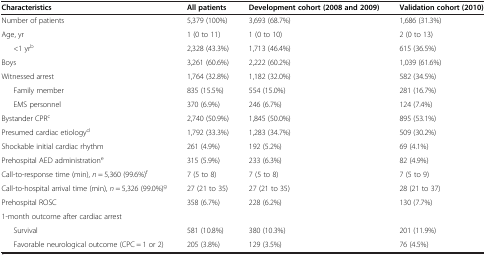
<table><thead><tr><td><b>Characteristics</b></td><td><b>All patients</b></td><td><b>Development cohort (2008 and 2009)</b></td><td><b>Validation cohort (2010)</b></td></tr></thead><tbody><tr><td>Number of patients</td><td>5,379 (100%)</td><td>3,693 (68.7%)</td><td>1,686 (31.3%)</td></tr><tr><td>Age, yr</td><td>1 (0 to 11)</td><td>1 (0 to 10)</td><td>2 (0 to 13)</td></tr><tr><td>&lt;1 yr<sup>b</sup></td><td>2,328 (43.3%)</td><td>1,713 (46.4%)</td><td>615 (36.5%)</td></tr><tr><td>Boys</td><td>3,261 (60.6%)</td><td>2,222 (60.2%)</td><td>1,039 (61.6%)</td></tr><tr><td>Witnessed arrest</td><td>1,764 (32.8%)</td><td>1,182 (32.0%)</td><td>582 (34.5%)</td></tr><tr><td>Family member</td><td>835 (15.5%)</td><td>554 (15.0%)</td><td>281 (16.7%)</td></tr><tr><td>EMS personnel</td><td>370 (6.9%)</td><td>246 (6.7%)</td><td>124 (7.4%)</td></tr><tr><td>Bystander CPR<sup>c</sup></td><td>2,740 (50.9%)</td><td>1,845 (50.0%)</td><td>895 (53.1%)</td></tr><tr><td>Presumed cardiac etiology<sup>d</sup></td><td>1,792 (33.3%)</td><td>1,283 (34.7%)</td><td>509 (30.2%)</td></tr><tr><td>Shockable initial cardiac rhythm</td><td>261 (4.9%)</td><td>192 (5.2%)</td><td>69 (4.1%)</td></tr><tr><td>Prehospital AED administration<sup>e</sup></td><td>315 (5.9%)</td><td>233 (6.3%)</td><td>82 (4.9%)</td></tr><tr><td>Call-to-response time (min), <i>n</i> = 5,360 (99.6%)<sup>f</sup></td><td>7 (5 to 8)</td><td>7 (5 to 8)</td><td>7 (5 to 9)</td></tr><tr><td>Call-to-hospital arrival time (min), <i>n</i> = 5,326 (99.0%)<sup>g</sup></td><td>27 (21 to 35)</td><td>27 (21 to 35)</td><td>28 (21 to 37)</td></tr><tr><td>Prehospital ROSC</td><td>358 (6.7%)</td><td>228 (6.2%)</td><td>130 (7.7%)</td></tr><tr><td>1-month outcome after cardiac arrest</td><td> </td><td> </td><td> </td></tr><tr><td>Survival</td><td>581 (10.8%)</td><td>380 (10.3%)</td><td>201 (11.9%)</td></tr><tr><td>Favorable neurological outcome (CPC = 1 or 2)</td><td>205 (3.8%)</td><td>129 (3.5%)</td><td>76 (4.5%)</td></tr></tbody></table>